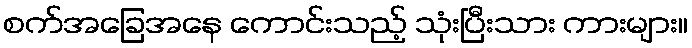
စက်အခြေအနေ ကောင်းသည့် သုံးပြီးသား ကားများ။